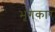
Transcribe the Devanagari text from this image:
भृंगकार